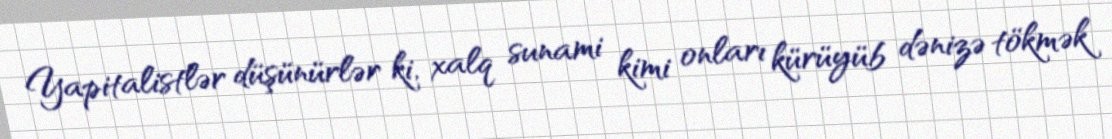
Yapitalistlər düşünürlər ki, xalq sunami kimi onları kürüyüb dənizə tökmək